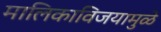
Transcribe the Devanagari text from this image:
मालिकाविजयामुळे